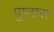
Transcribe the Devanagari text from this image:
पुष्तारा